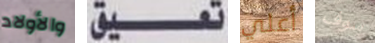
والأولاد تعيق أعلي سوف